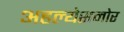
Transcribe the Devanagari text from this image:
अहल्येसमोर